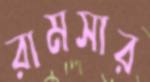
রামসার